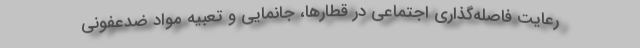
رعایت فاصله‌گذاری اجتماعی در قطارها، جانمایی و تعبیه مواد ضدعفونی